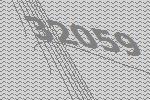
32059